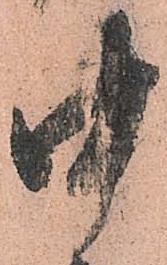
中